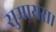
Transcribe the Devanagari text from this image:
सुमायरा।